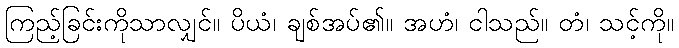
ကြည့်ခြင်းကိုသာလျှင်။ ပိယံ၊ ချစ်အပ်၏။ အဟံ၊ ငါသည်။ တံ၊ သင့်ကို။